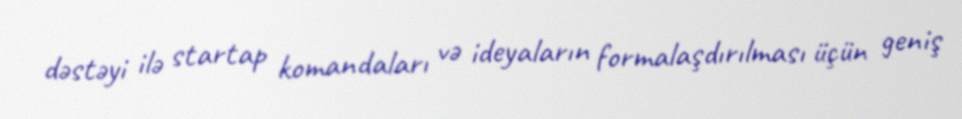
dəstəyi ilə startap komandaları və ideyaların formalaşdırılması üçün geniş